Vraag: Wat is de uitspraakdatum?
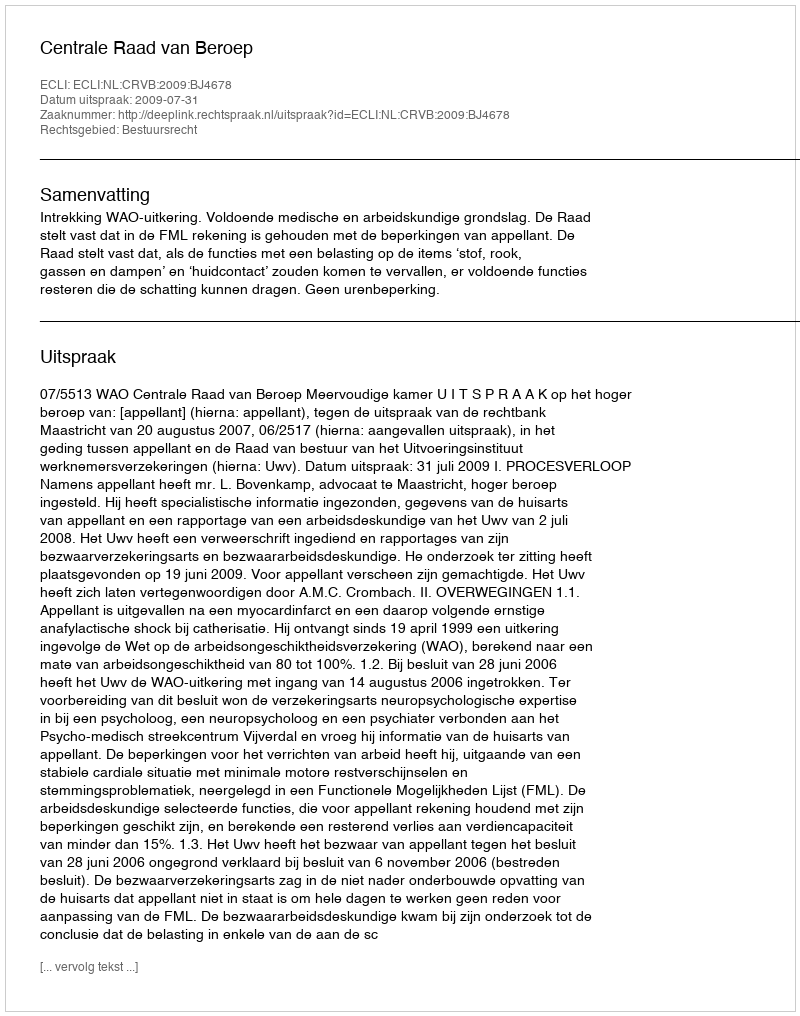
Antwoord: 2009-07-31